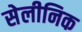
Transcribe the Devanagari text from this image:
सेलीनिक